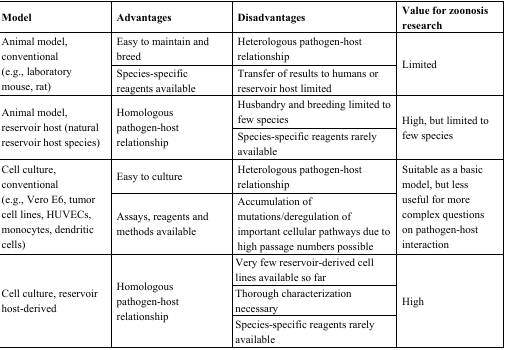
<table><thead><tr><td><b>Model</b></td><td><b>Advantages</b></td><td><b>Disadvantages</b></td><td><b>Value for zoonosis research</b></td></tr></thead><tbody><tr><td rowspan="2">Animal model, conventional (e.g., laboratory mouse, rat)</td><td>Easy to maintain and breed</td><td>Heterologous pathogen-host relationship</td><td rowspan="2">Limited</td></tr><tr><td>Species-specific reagents available</td><td>Transfer of results to humans or reservoir host limited</td></tr><tr><td rowspan="2">Animal model, reservoir host (natural reservoir host species)</td><td rowspan="2">Homologous pathogen-host relationship</td><td>Husbandry and breeding limited to few species</td><td rowspan="2">High, but limited to few species</td></tr><tr><td>Species-specific reagents rarely available</td></tr><tr><td rowspan="2">Cell culture, conventional (e.g., Vero E6, tumor cell lines, HUVECs, monocytes, dendritic cells)</td><td>Easy to culture</td><td>Heterologous pathogen-host relationship</td><td rowspan="2">Suitable as a basic model, but less useful for more complex questions on pathogen-host interaction</td></tr><tr><td>Assays, reagents and methods available</td><td>Accumulation of mutations/deregulation of important cellular pathways due to high passage numbers possible</td></tr><tr><td rowspan="3">Cell culture, reservoir host-derived</td><td rowspan="3">Homologous pathogen-host relationship</td><td>Very few reservoir-derived cell lines available so far</td><td rowspan="3">High</td></tr><tr><td>Thorough characterization necessary</td></tr><tr><td>Species-specific reagents rarely available</td></tr></tbody></table>